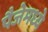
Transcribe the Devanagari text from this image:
पैजेमध्ये